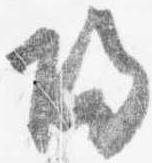
帰